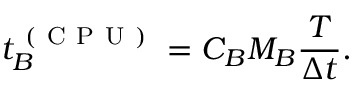
t _ { B } ^ { \mathrm { ~ ( ~ C ~ P ~ U ~ ) ~ } } = C _ { B } M _ { B } \frac { T } { \Delta t } .